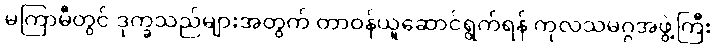
မကြာမီတွင် ဒုက္ခသည်များအတွက် တာဝန်ယူဆောင်ရွက်ရန် ကုလသမဂ္ဂအဖွဲ့ကြီး